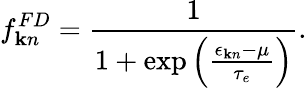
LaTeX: f_{{\mathbf k}n}^{FD}=\frac{1}{1+\exp\left(\frac{\epsilon_{{\mathbf k}n}-\mu}{\tau_{e}}\right)}.